Burma Government Medical School reports 1923-41
Year: 1923
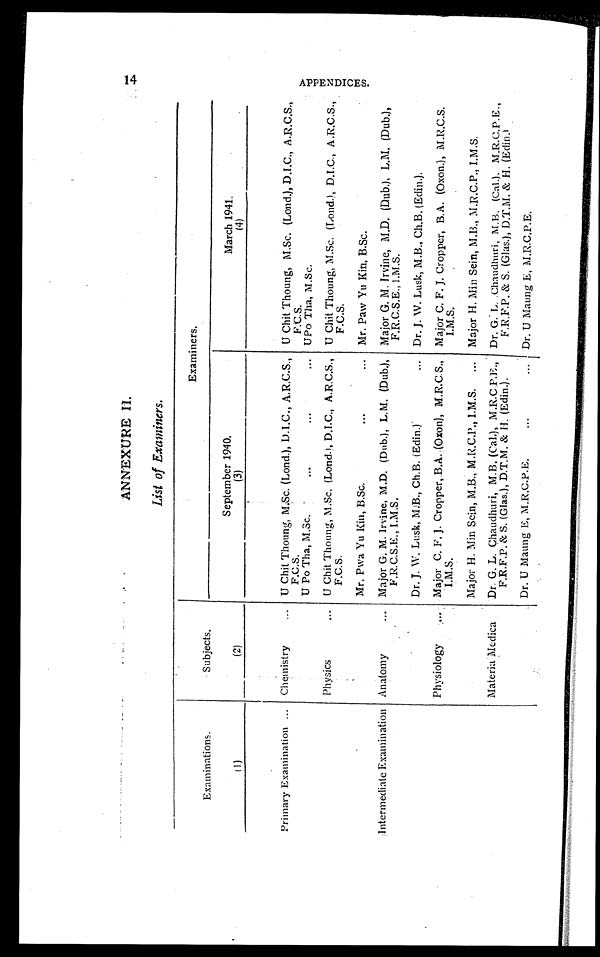
A N N E X U R E I I .
List of Examiners.
Examinations.
Subjects.
Examiners.
September 1940.
March 1941.
(1)
(2)
(3)
(4)
Primary Examination
Chemistry
U Chit Thoung, M.Sc. (Lond.), D.I.C., A.R.C.S.,
F.C.S.
U Chit Thoung, M.Sc. (Lond.), D.I.C., A.R.C.S.,
F.C.S.
U Po Tha, M.Sc.
U Po Tha, M.Sc.
Physics
U Chit Thoung, M.Sc. (Lond.), D.I.C., A.R.C.S.,
F.C.S.
U Chit Thoung, M.Sc. (Lond.), D.I.C., A.R.C.S.,
F.C.S.
Mr. Pwa Yu Kin, B.Sc.
Mr. Paw Yu Kin, B.Sc.
Intermediate Examination Anatomy
Major G. M. Irvine, M.D. (Dub.), L.M. (Dub.),
F.R.C.S.E., I.M.S.
Major G. M. Irvine, M.D. (Dub.), L.M. (Dub.),
F.R.C.S.E., I.M.S.
Dr. J. W. Lusk, M.B., Ch.B. (Edin.) Dr. J. W. Lusk, M.B., Ch.B. (Edin.).
Physiology
Major C. F. J. Cropper, B.A. (Oxon), M.R.C.S.,
I.M.S.
Major C. F. J. Cropper, B.A. (Oxon.), M.R.C.S.
I.M.S.
Major H. Min Sein, M.B., M.R.C.P., I.M.S. Major H. Min Sein, M.B., M.R.C.P., I.M.S.
Materia Medica Dr. G. L. Chaudhuri, M.B. (Cal.), M.R.C P.E.,
F.R.F.P. & S. (Glas.), D.T.M. & H. (Edin.).
Dr. G. L. Chaudhuri, M.B. (Cal.), M.R.C.P.E.,
F.R.F.P. & S. (Glas.), D.T.M. & H. (Edin.)
Dr. U Maung E, M.R.C.P.E. D r . U M a u n g E , M . R . C . P . E .